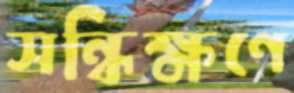
সন্ধিক্ষণে